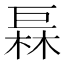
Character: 𪩦